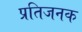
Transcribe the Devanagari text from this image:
प्रतिजनक